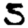
Digit: 5